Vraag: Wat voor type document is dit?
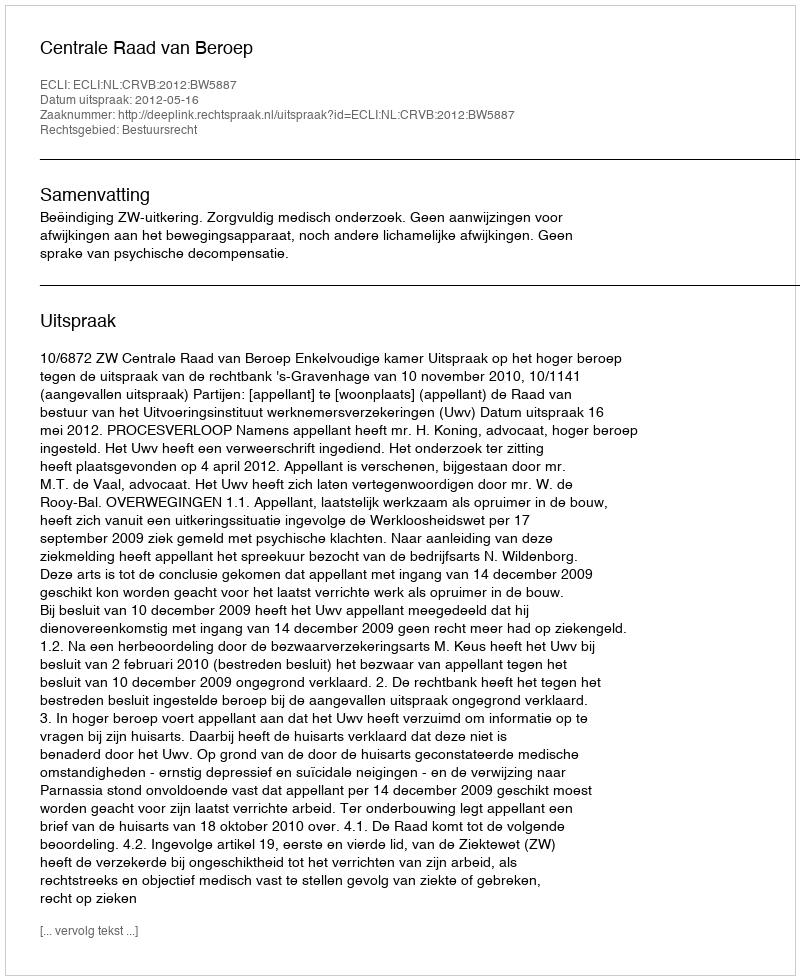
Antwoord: Uitspraak